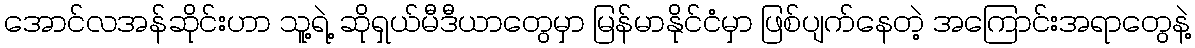
အောင်လအန်ဆိုင်းဟာ သူ့ရဲ့ ဆိုရှယ်မီဒီယာတွေမှာ မြန်မာနိုင်ငံမှာ ဖြစ်ပျက်နေတဲ့ အကြောင်းအရာတွေနဲ့